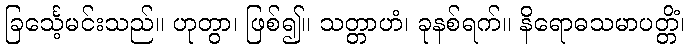
ခြင်္သေ့မင်းသည်။ ဟုတွာ၊ ဖြစ်၍။ သတ္တာဟံ၊ ခုနစ်ရက်။ နိရောဓသမာပတ္တိံ၊